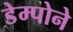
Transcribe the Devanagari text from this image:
डेम्पोने